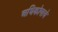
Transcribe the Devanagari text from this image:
अधिकोषाचे